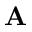
\mathbf { A }